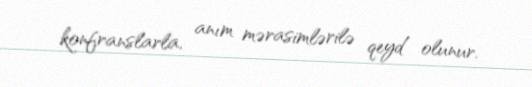
konfranslarla, anım mərasimlərilə qeyd olunur.